system: You are a helpful assistant.
user:
Analyze the provided spectrum to determine if it is a **Carbon Star (C-type)**.

- **Key Visual Indicators of Carbon Star:**
    - **(Primary):** Strong molecular absorption from **C₂ (diatomic carbon) "Swan Bands."** This is the **defining feature** of a carbon star.
        - **(Key Bandheads):** Sharp absorption edges are visible at approximately $5635$ Å, $5165$ Å (the strongest band), and $4737$ Å.
        - **(Line Profile):** Creates a distinct **"saw-tooth"** pattern. The key morphology is a sharp, steep bandhead on the **red (long-wavelength) side**, which then gradually tapers off (i.e., flux recovers) towards the **blue (short-wavelength) side**. *(This is the direct opposite of the TiO bands seen in M-type stars)*.

    - **(Secondary):** Intense **CN (cyanogen)** molecular absorption bands.
        - **(Key Bandheads):** Located in the blue and violet regions of the spectrum (e.g., near $4215$ Å and $3883$ Å).
        - **(Morphology):** These bands are extremely broad and act as a "blanket," absorbing the vast majority of blue and violet light. This creates a characteristic **"cliff"** or **"steep drop-off"** in the spectrum's flux at short wavelengths.

    - **(Key Confirmation):** Strong **CH absorption band (G-band)**.
        - **(Key Bandhead):** Located around $4300$ Å. The contribution from CH molecules to this band is exceptionally strong.

    - **(Overall Spectrum):**
        - The continuum is severely "chopped up" by these deep molecular bands, especially C₂, rather than appearing as a smooth curve.
        - Due to the heavy CN and C₂ absorption in the blue-green, the vast majority of the star's flux is concentrated in the red part of the spectrum, giving the star its characteristic deep red color.

Think first, call **spectral_visualization_tool** if needed to examine features in detail, then provide your final answer. Your response must adhere to the following strict rules:
1.  **Overall Structure:** Your response must follow the format `<think>...</think> <tool_call>...</tool_call> (if a tool is used) <answer>...</answer>`.
2.  **Tool Usage Constraint:** You may only make **one** tool call per turn.
3.  **Final Answer Format:** In the `<answer>` tag, your conclusion must be inside a `\boxed{}` command (e.g., `\boxed{YES}`), followed by your justification.

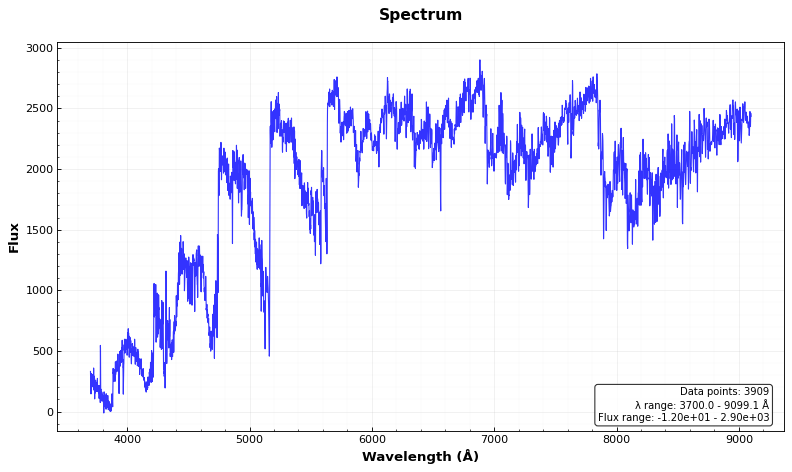
Answer: YES